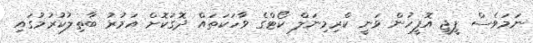
ނަމަވެސް ޕީޖީ އޮފީހުން ވަނީ ކްރިމިނަލް ކޯޓްގެ ވާހަކަތައް ދޮގުކޮށް އަމުރު ބާތިލުކުރުމުގައި